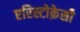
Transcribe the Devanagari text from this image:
एरिस्टोक्रेसी